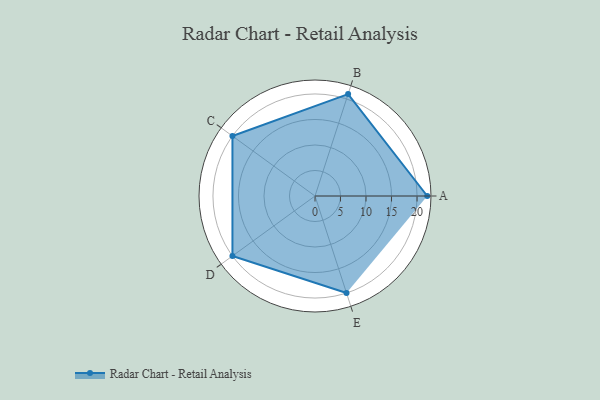
{"axis": {"x": "Skill", "y": "Score"}, "legend": ["Profile"], "data": [{"x": "A", "y": 22.0, "type": "Profile"}, {"x": "B", "y": 21.0, "type": "Profile"}, {"x": "C", "y": 20, "type": "Profile"}, {"x": "D", "y": 20, "type": "Profile"}, {"x": "E", "y": 20, "type": "Profile"}]}